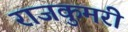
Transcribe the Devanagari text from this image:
राजकुमरी